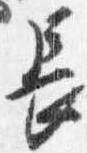
長